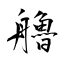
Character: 艪